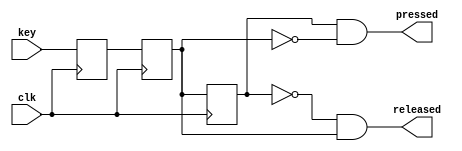
module key_control(clk, key, pressed, released);

input clk;
input key;
output pressed;
output released;

reg key_value = 1'b1, key_safe = 1'b1, key_delayed = 1'b1;
 
always @(posedge clk) begin
  key_value <= key;
  key_safe <= key_value;
  key_delayed <= key_safe;
end

assign pressed = key_delayed & ~key_safe;
assign released = ~key_delayed & key_safe; 

endmodule